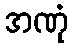
အဏုံ